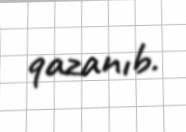
qazanıb.